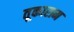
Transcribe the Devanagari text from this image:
तूकाराम